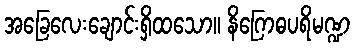
အခြေလေးချောင်းရှိထသော။ နိဂြောဓပရိမဏ္ဍ